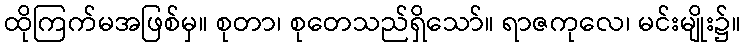
ထိုကြက်မအဖြစ်မှ။ စုတာ၊ စုတေသည်ရှိသော်။ ရာဇကုလေ၊ မင်းမျိုး၌။